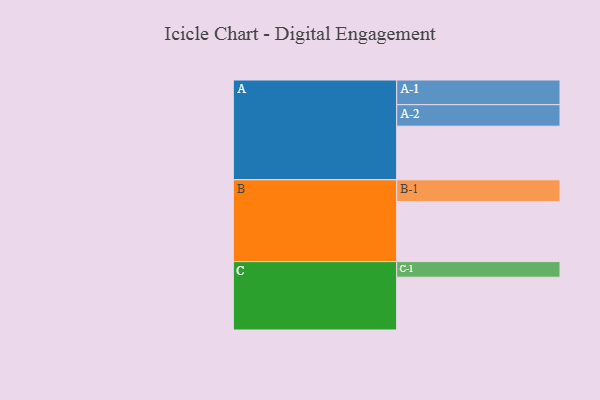
{"axis": {"x": "Segment", "y": "Value"}, "legend": ["", "A", "B", "C"], "data": [{"x": "A", "y": 526, "type": ""}, {"x": "B", "y": 590, "type": ""}, {"x": "C", "y": 518, "type": ""}, {"x": "A-1", "y": 242, "type": "A"}, {"x": "A-2", "y": 211, "type": "A"}, {"x": "B-1", "y": 213, "type": "B"}, {"x": "C-1", "y": 153, "type": "C"}]}